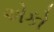
એકો